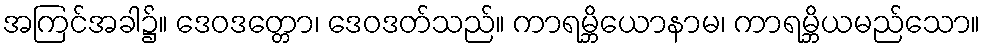
အကြင်အခါ၌။ ဒေဝဒတ္တော၊ ဒေဝဒတ်သည်။ ကာရမ္ဘိယောနာမ၊ ကာရမ္ဘိယမည်သော။